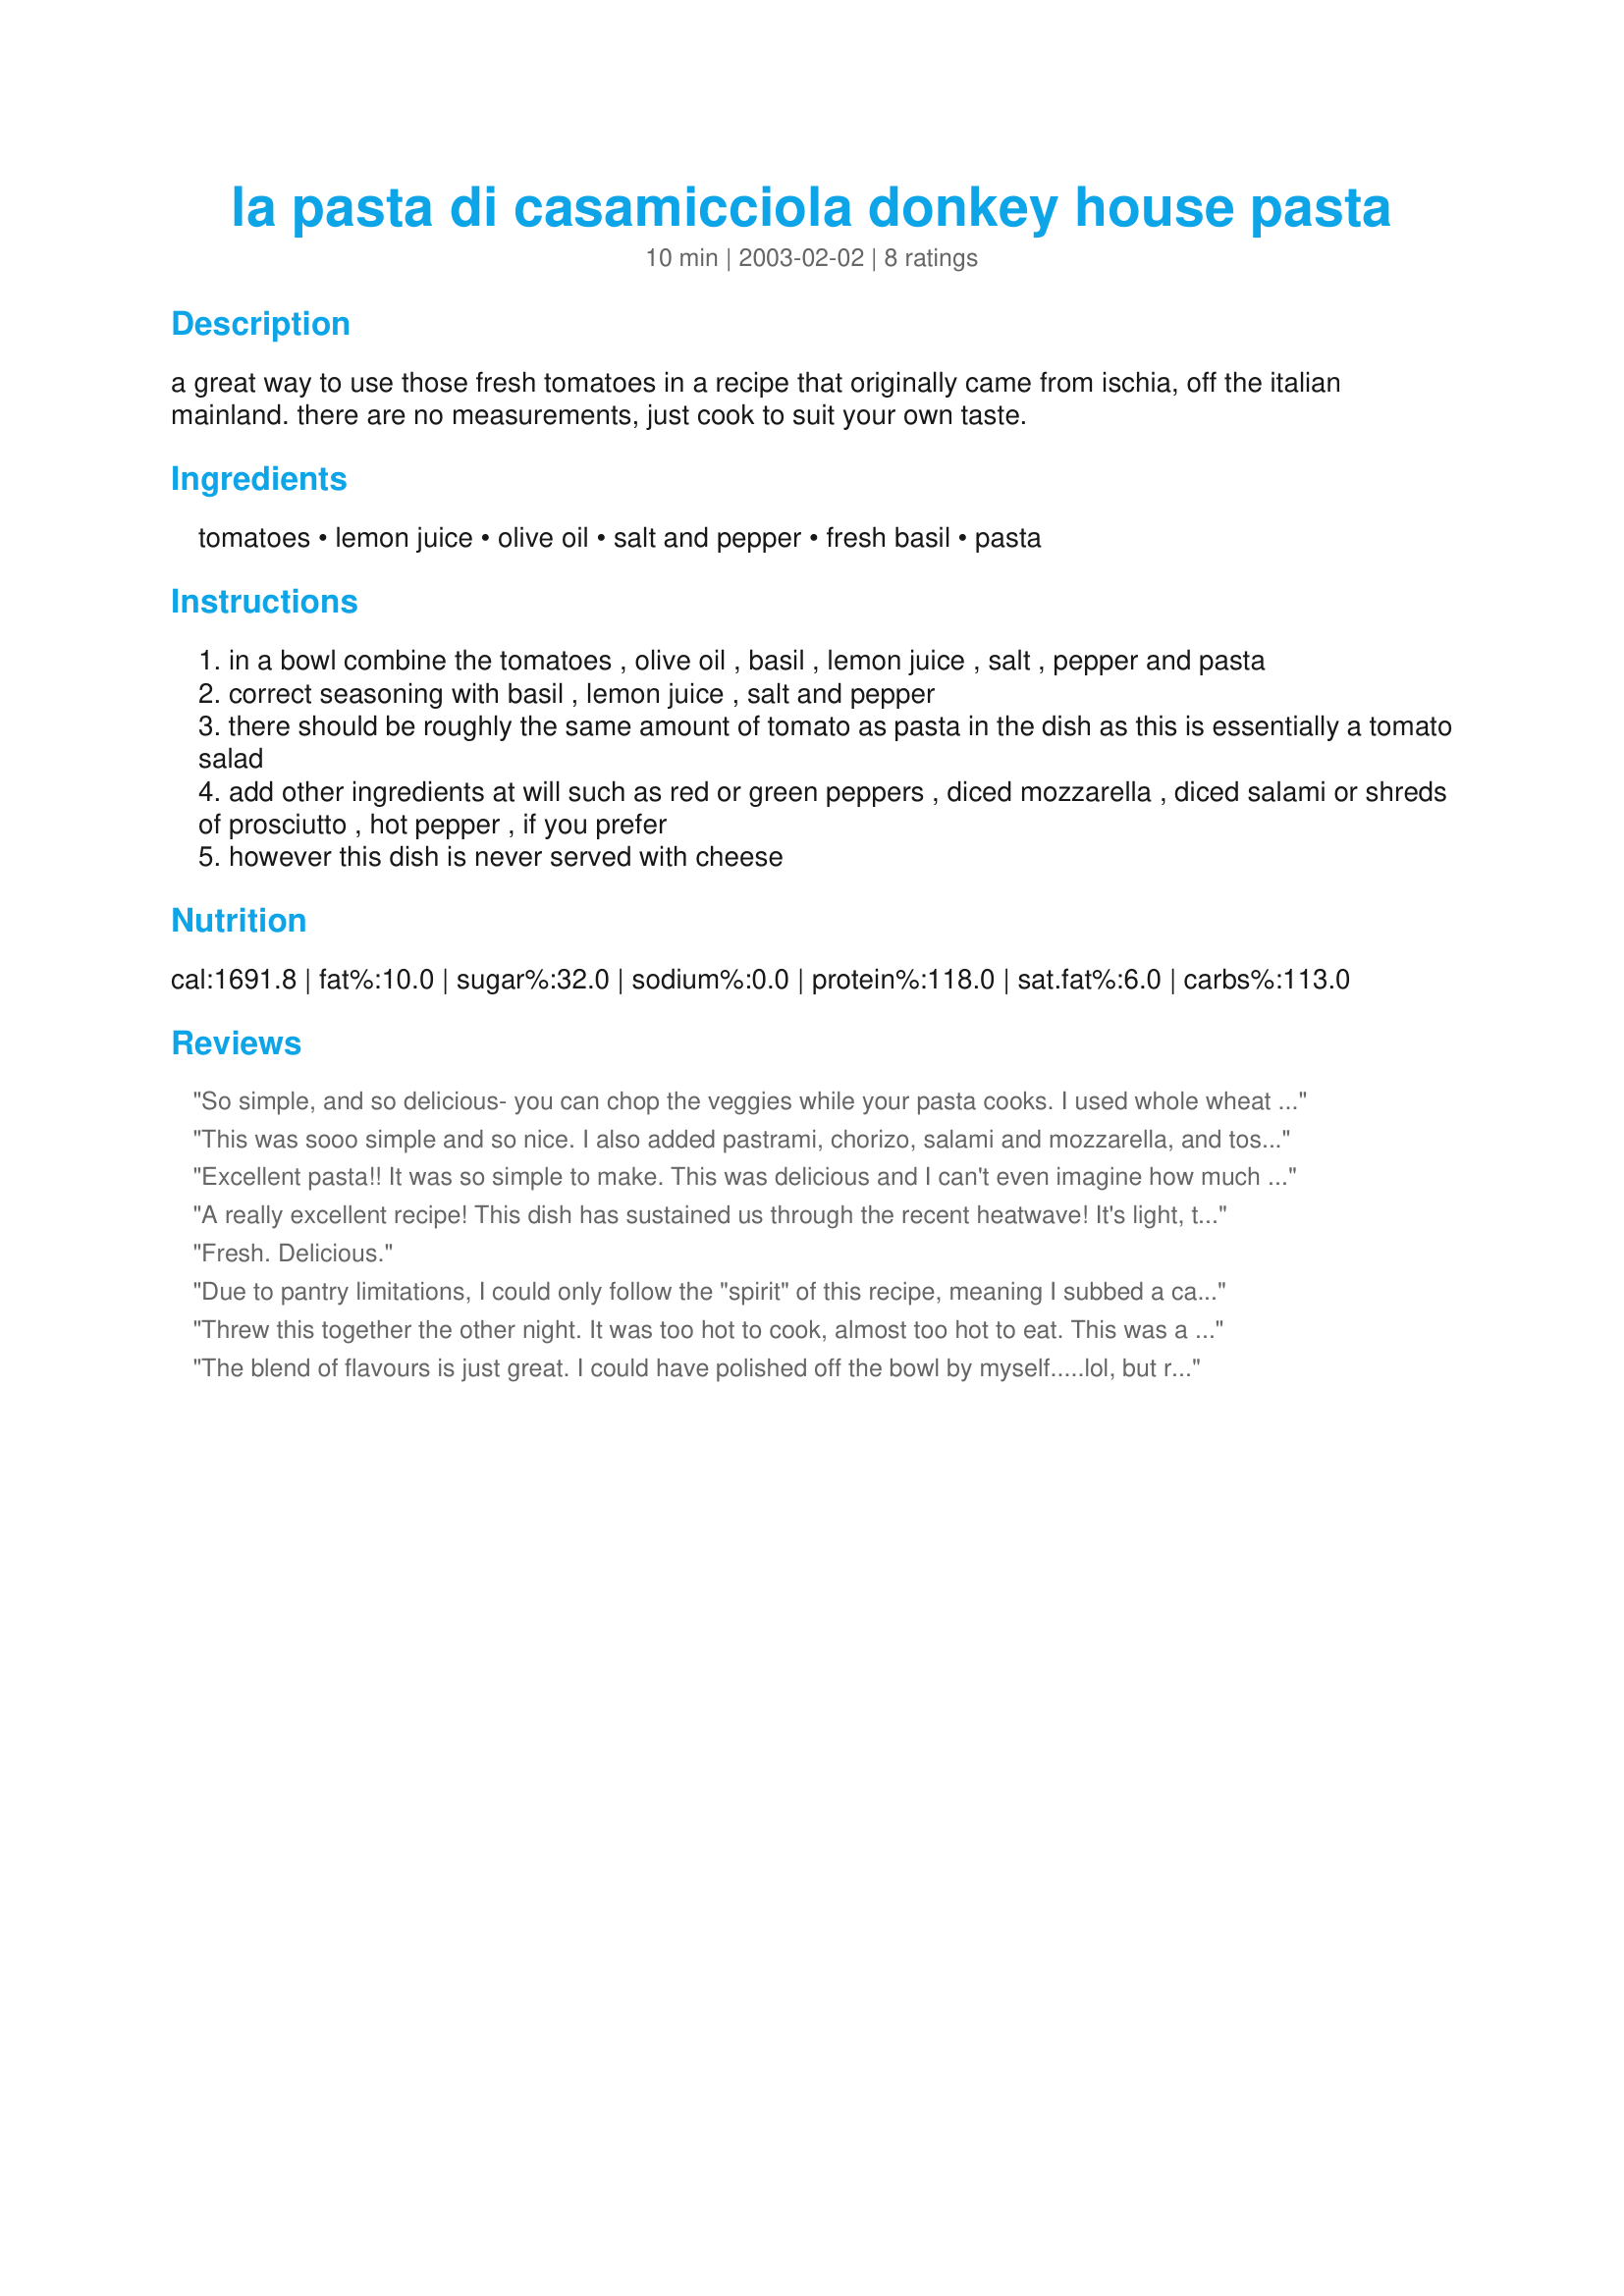
la pasta di casamicciola donkey house pasta
Preparation time: 10 minutes

a great way to use those fresh tomatoes in a recipe that originally came from ischia, off the italian mainland. there are no measurements, just cook to suit your own taste.

Ingredients:
tomatoes, lemon juice, olive oil, salt and pepper, fresh basil, pasta

Steps:
in a bowl combine the tomatoes , olive oil , basil , lemon juice , salt , pepper and pasta
correct seasoning with basil , lemon juice , salt and pepper
there should be roughly the same amount of tomato as pasta in the dish as this is essentially a tomato salad
add other ingredients at will such as red or green peppers , diced mozzarella , diced salami or shreds of prosciutto , hot pepper , if you prefer
however this dish is never served with cheese

Reviews:
So simple, and so delicious- you can chop the veggies while your pasta cooks. I used whole wheat macaroni, added chopped orange pepper, and some fresh garlic... 'cause what's a Mediterranean style pasta salad without garlic?? Thanks for posting, my mom and I loved it.
This was sooo simple and so nice. I also added pastrami, chorizo, salami and mozzarella, and tossed it before mixing in with teh pasta. I am definitely making this again, it was really lovely - thank you!
Excellent pasta!! It was so simple to make. This was delicious and I can't even imagine how much better it twill be this Summer with homegrown tomatoes! I had to use cherry tomatoes because they taste freshest this time of year and I halved and quartered them. I'm so happy that I found this recipe! Thanks so much for posting!! Made for Election Eats '08.
A really excellent recipe! This dish has sustained us through the recent heatwave! It's light, tasty and easy to make from store-cupboard ingredients. To serve two, I used: 1 cup small pasta shells, a small bunch of basil, 3 small tomatoes, 2 tablespoons each lemon juice and light olive oil. I also added some sliced bottled artichokes, 2 tablespoons of sliced olives, a handful of chopped mint, and a good pinch each of salt and pepper. Life is too short to peel and seed tomatoes - I just chopped them up. We liked this dish best served at room temperature.
Fresh. Delicious.
Due to pantry limitations, I could only follow the "spirit" of this recipe, meaning I subbed a can of petite diced tomatoes (drained), with a semi-fresh basil herb blend (the last bit left from the Gourmet Garden tube in the fridge) and lemon juice concentrate. Lastly, I served it hot and topped it with parmesan cheese ('cos we love it so much). It turned out delicious and loved by every member of my family, even my preschooler and teenager raved. Even with all these substitutions, this is easily 4 stars, so I can only imagine that using fresh ingredients would put this over the top...ergo, the 5 star rating!
Threw this together the other night. It was too hot to cook, almost too hot to eat. This was a nice light meal. Added sun dried tomatoes as I was a bit low on fresh. turned out great.
The blend of flavours is just great. I could have polished off the bowl by myself.....lol, but restrained myself and took most of it to a pot-luck. It was well received. Thanks for posting, Cheers, :)
